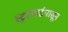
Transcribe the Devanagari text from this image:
स्टुटगार्टपासून